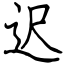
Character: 迟